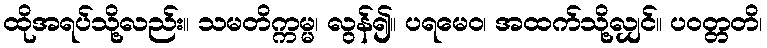
ထိုအရပ်သို့လည်း။ သမတိက္ကမ္မ၊ လွန်၍။ ပရမေဝ၊ အထက်သို့လျှင်။ ပဝတ္တတိ၊